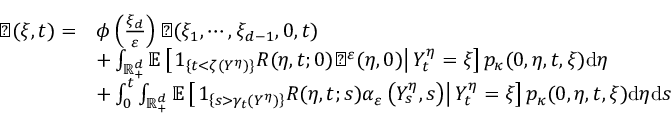
\begin{array} { r l } { \varTheta ( \xi , t ) = } & { \phi \left( \frac { \xi _ { d } } { \varepsilon } \right) \varTheta ( \xi _ { 1 } , \cdots , \xi _ { d - 1 } , 0 , t ) } \\ & { + \int _ { \mathbb { R } _ { + } ^ { d } } \mathbb { E } \left[ \left. 1 _ { \{ t < \zeta ( Y ^ { \eta } ) \} } R ( \eta , t ; 0 ) \varTheta ^ { \varepsilon } ( \eta , 0 ) \right| Y _ { t } ^ { \eta } = \xi \right] p _ { \kappa } ( 0 , \eta , t , \xi ) \mathrm { d } \eta } \\ & { + \int _ { 0 } ^ { t } \int _ { \mathbb { R } _ { + } ^ { d } } \mathbb { E } \left[ \left. 1 _ { \left\{ s > \gamma _ { t } ( Y ^ { \eta } ) \right\} } R ( \eta , t ; s ) \alpha _ { \varepsilon } \left( Y _ { s } ^ { \eta } , s \right) \right| Y _ { t } ^ { \eta } = \xi \right] p _ { \kappa } ( 0 , \eta , t , \xi ) \mathrm { d } \eta \mathrm { d } s } \end{array}